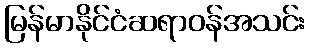
မြန်မာနိုင်ငံဆရာဝန်အသင်း